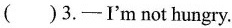
( ) 3.—I'm not hungry.